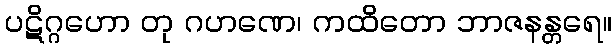
ပဋိဂ္ဂဟော တု ဂဟဏေ၊ ကထိတော ဘာဇနန္တရေ။